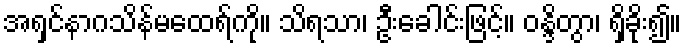
အရှင်နာဂသိန်မထေရ်ကို။ သိရသာ၊ ဦးခေါင်းဖြင့်။ ဝန္ဒိတွာ၊ ရှိခိုး၍။